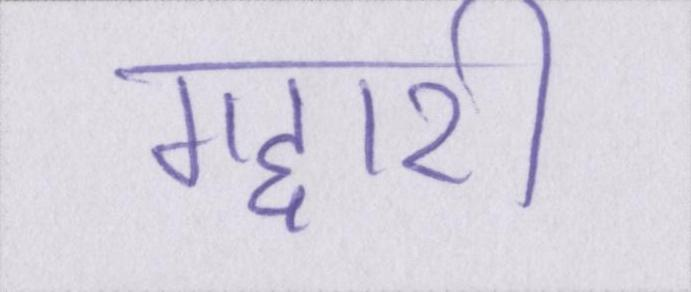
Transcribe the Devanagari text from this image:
गद्दारी